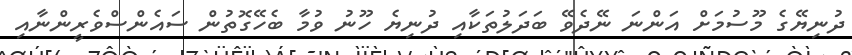
ދުނިޔޭގެ މޫސުމަށް އަންނަ ނޭދެވޭ ބަދަލުތަކާއި ދުނިޔެ ހޫނު ވުމާ ބެހޭގޮތުން ސައެންސްވެރީންނާއި